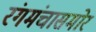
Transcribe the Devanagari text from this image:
रंगमंचासमोर